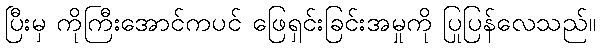
ပြီးမှ ကိုကြီးအောင်ကပင် ဖြေရှင်းခြင်းအမှုကို ပြုပြန်လေသည်။